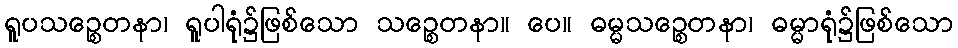
ရူပသဉ္စေတနာ၊ ရူပါရုံ၌ဖြစ်သော သဉ္စေတနာ။ ပေ။ ဓမ္မသဉ္စေတနာ၊ ဓမ္မာရုံ၌ဖြစ်သော